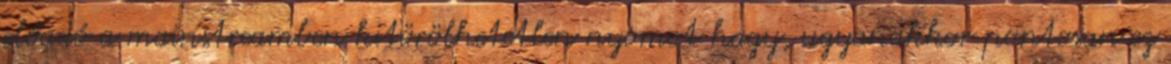
előadó a mainstreamben kitörölhetetlen nyomot hagy, ugyanakkor pontosan ez